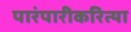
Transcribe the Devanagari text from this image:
पारंपारीकरित्या